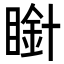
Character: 𭿒